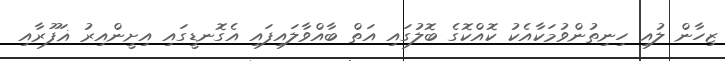
ޒިހާން ލުއި ހިނިތުންވުމަކާއެކު ކޮއްކޮގެ ބޮލުގައި އަތް ބާއްވާލައިފައި އެގޮނޑީގައި އިށީންއިރު ޣަފޫރާއި